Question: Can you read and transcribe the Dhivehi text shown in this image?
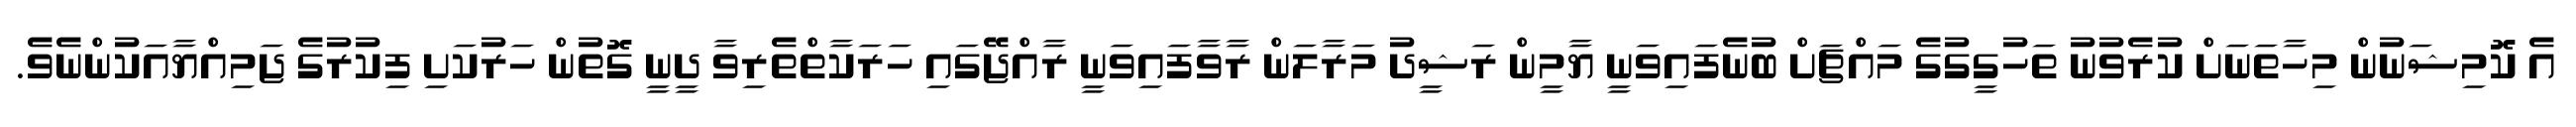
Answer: އެ ކޮމިޝަނުން މިހާތަނަށް ކުރެވުނު ތަހުގީގުގެ މައްޗަށް ބުނެފައިވަނީ ޔާމީން ރަޝީދު މަރާލަން ރާވާފައިވަނީ ރާއްޖޭގައި ހަރަކާތްތެރިވާ ދީނީ ގޮތުން ހަރުކަށި ފިކުރުގެ ޖަމިއްޔާއަކުންނެވެ.